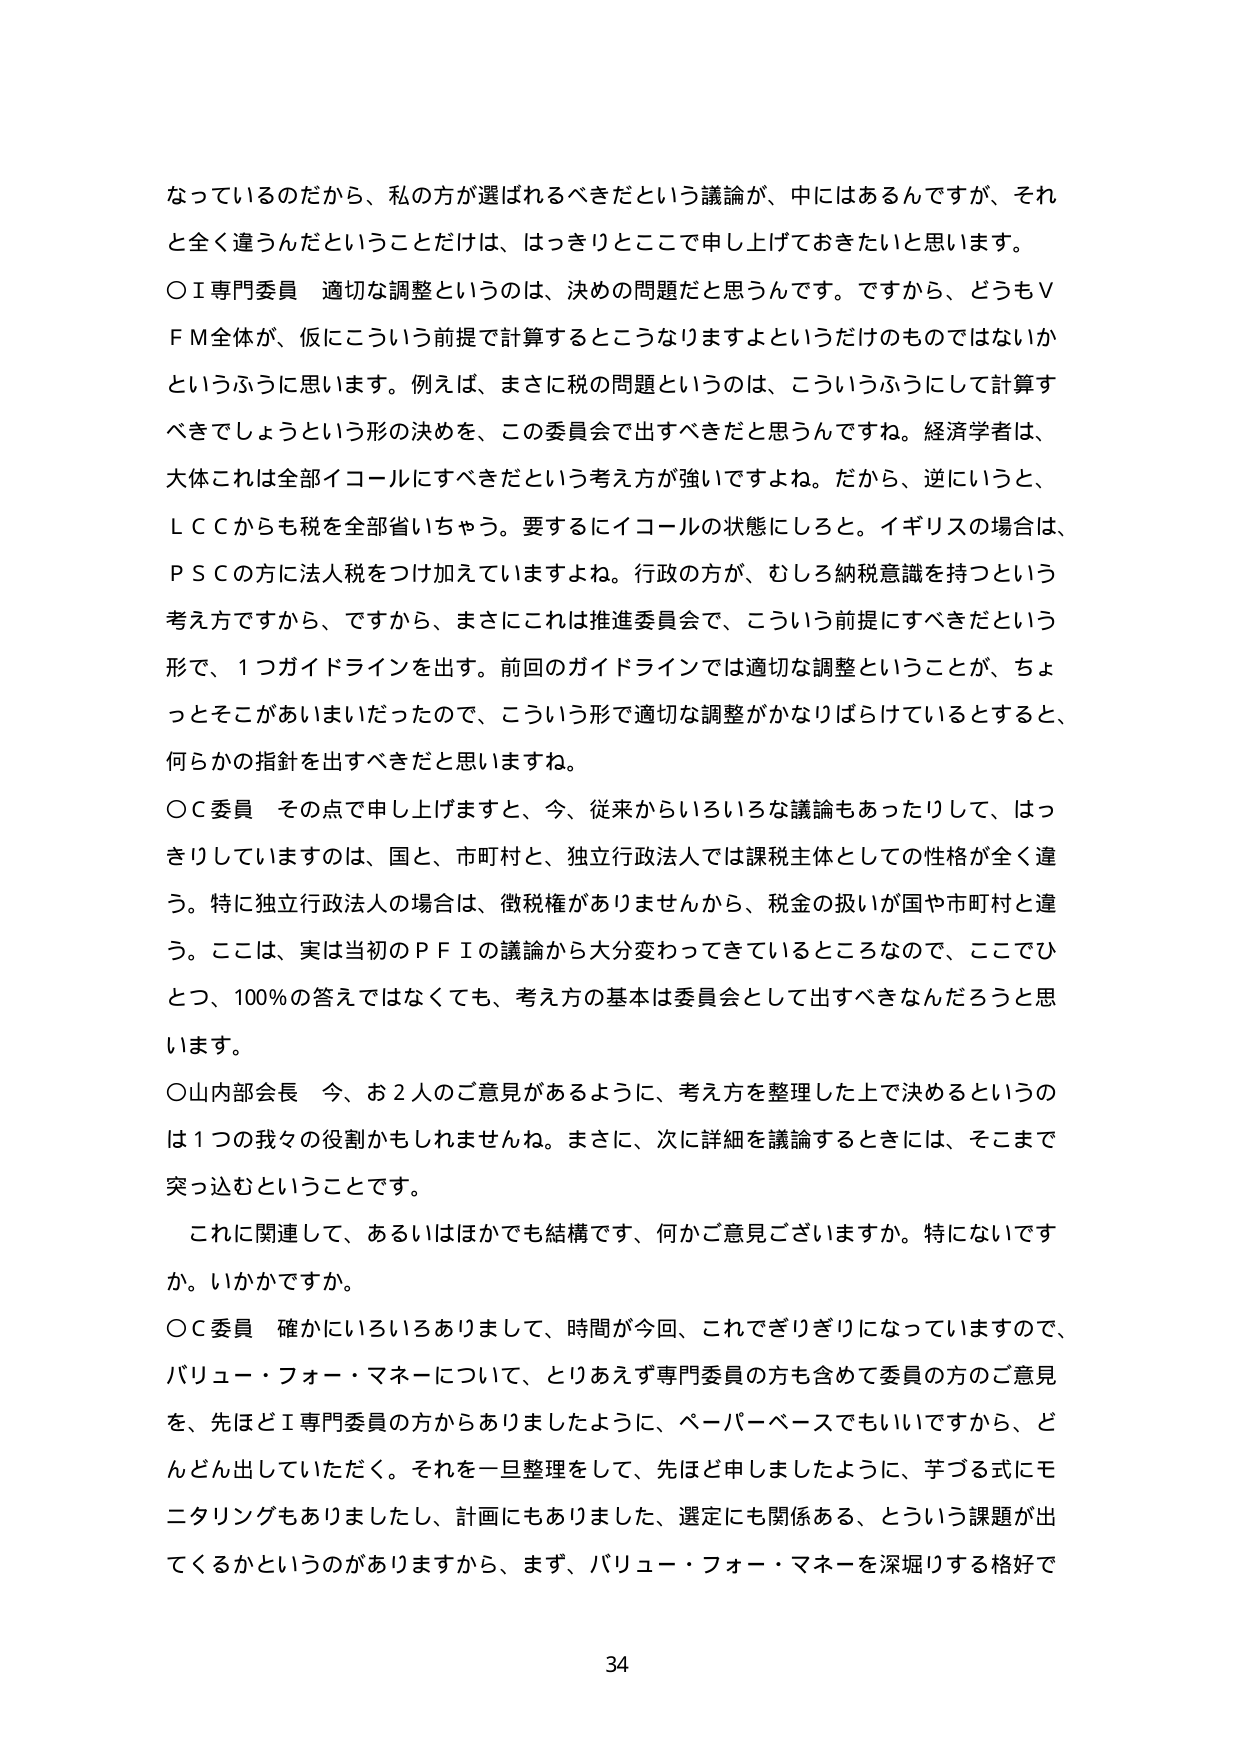
なっているのだから、私の方が選ばれるべきだという議論が、中にはあるんですが、それと全く違うんだということだけは、はっきりとここで申し上げておきたいと思います。

○Ｉ専門委員 適切な調整というのは、決めの問題だと思うんです。ですから、どうもＶＦＭ全体が、仮にこういう前提で計算するところなりますよというだけのものではないかというふうに思います。例えば、まさに税の問題というのは、こういうふうにして計算すべきでしょうという形の決めを、この委員会で出すべきだと思うんですね。経済学者は、大体これは全部イコールにすべきだという考え方が強いですよね。だから、逆にいうと、ＬＣＣからも税を全部省いちょう。要するにイコールの状態にしろと。イギリスの場合は、ＰＳＣの方に法人税をつけ加えていますよね。行政の方が、むしろ納税意識を持つという考え方ですから、ですから、まさにこれは推進委員会で、こういう前提にすべきだという形で、１つガイドラインを出す。前回のガイドラインでは適切な調整ということが、ちょっとそこがあいまいだったのと、こういう形で適切な調整がかなりばらけているとすると、何らかの指針を出すべきだと思いますね。

○Ｃ委員 その点で申し上げますと、今、従来からいろいろな議論もあったりして、はっきりしていますのは、国と、市町村と、独立行政法人では課税主体としての性格が全く違う。特に独立行政法人の場合は、徴税権がありませんから、税金の扱いが国や市町村と違う。ここは、実は当初のＰＦＩの議論から大分変わってきたところなので、ここでひとつ、100％の答えではなくても、考え方の基本は委員会として出すべきなんだろうと思います。

○山内部会長 今、お２人のご意見があるように、考え方を整理した上で決めるというのは１つの我々の役割かもしれませんね。まさに、次に詳細を議論するときには、そこまで突っ込むということです。

これに関連して、あるいはほかでも結構です、何かご意見ございますか。特にないですか。いかがですか。

○Ｃ委員 確かにいろいろありまして、時間が今回、これでぎりぎりになっていますので、バリュー・フォー・マネーについて、とりあえず専門委員の方も含めて委員の方のご意見を、先ほどＩ専門委員の方からありましたように、ペーパーベースでもいいですから、どんどん出していただく。それを一旦整理をして、先ほど申しましたように、芋づる式にモニタリングもありましたし、計画にもありましたし、選定にも関係ある、という課題が出てくるかというのがありますから、まず、バリュー・フォー・マネーを深掘りする格好で

34